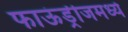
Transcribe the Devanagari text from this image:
फाऊंड्रीजमध्ये